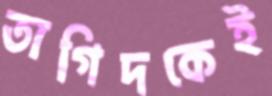
তাগিদকেই